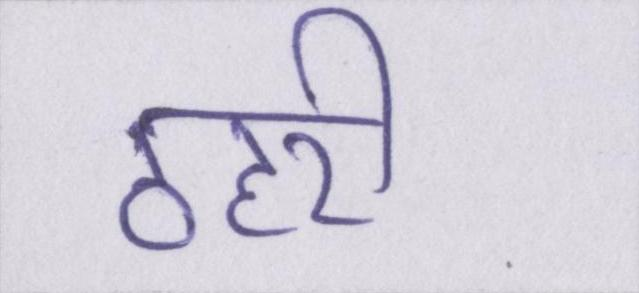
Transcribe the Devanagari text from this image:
ठहरी